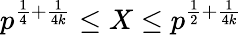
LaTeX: p^{{\frac{1}{4}}+{\frac{1}{4k}}}\leq X\leq p^{{\frac{1}{2}}+{\frac{1}{4k}}}